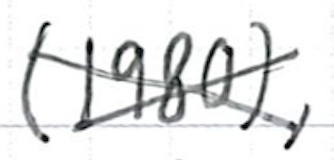
Text: (1980),
Cross-out: cross
Writing tool: ballpoint